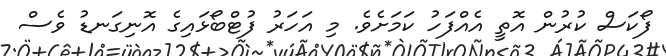
ފޯކަސް ކުރުން އޮތީ އެއްފަހު ކަމަށެވެ. މި އަހަރު ފުޓްބޯޅައިގެ އޮނިގަނޑު ވެސް